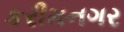
કરીમનગર